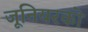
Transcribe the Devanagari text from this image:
जूनियरको